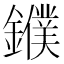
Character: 𨮓